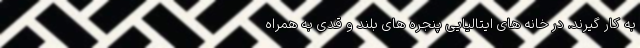
به کار گیرند. در خانه های ایتالیایی پنجره های بلند و قدی به همراه